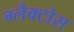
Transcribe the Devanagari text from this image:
ग्लैक्टोस